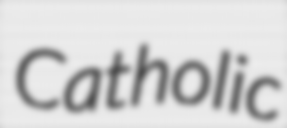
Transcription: Catholic